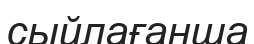
сыйлағанша